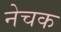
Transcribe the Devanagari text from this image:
नेचक